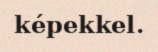
képekkel.